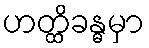
ဟတ္ထိခန္ဓမှာ